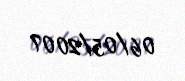
06/05/2007